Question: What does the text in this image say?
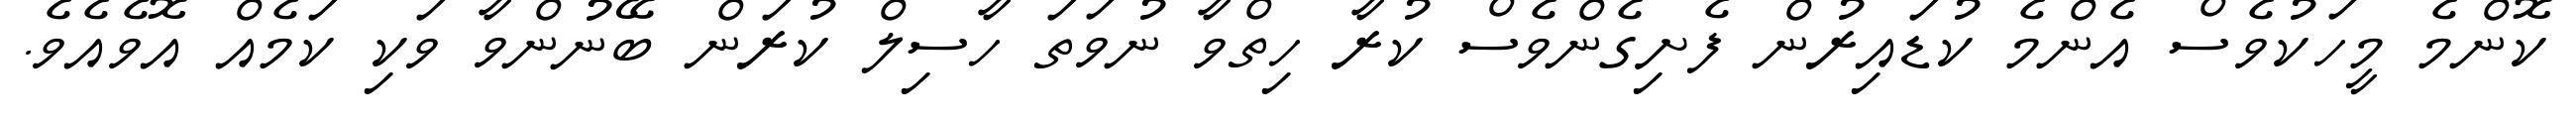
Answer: ކޮންމެ މީހަކުވެސް އެންމެ ކުޑައިރުން ފެށިގެންވެސް ކުރާ ހިތްވާ ނުވަތަ ހާސިލް ކުރަން ބޭނުންވާ ވަކި ކަމެއް އޮވެއެވެ.